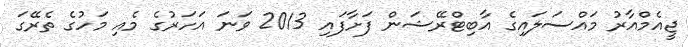
ޖީއެމްއާރު މައްސަލައިގެ އާބިޓްރޭޝަން ފަށާފައި 2013 ވަނަ އަހަރުގެ މެއި މަހުގެ ތެރޭގަ